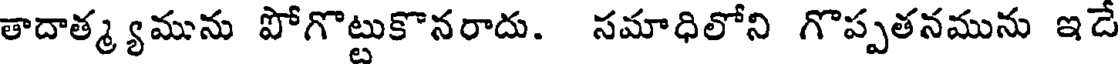
తాదాత్మ్యమును పోగొట్టుకొనరాదు. సమాధిలోని గొప్పతనమును ఇదే